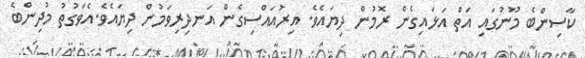
ކާސިންބެ މޫނުގައި އަތް އަޅައިގެން ރޮމުން ދިޔައެވެ. އިރުއައްސިގެން އަނދިރިވަމުން ދިޔައެވެ.އެވަގުތު މުދިންބެ